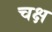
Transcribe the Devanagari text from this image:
चक्ष